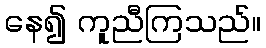
နေ၍ ကူညီကြသည်။